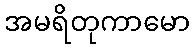
အမရိတုကာမော